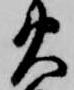
火